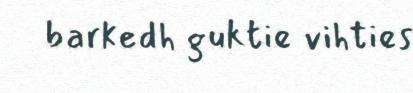
barkedh guktie vihties